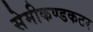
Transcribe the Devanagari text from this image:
सेमीकण्डकटर